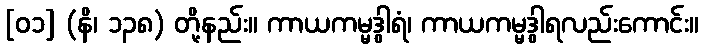
[၀၁] (နိ၊ ၁၃၈) တို့နည်း။ ကာယကမ္မဒွါရံ၊ ကာယကမ္မဒွါရလည်းကောင်း။